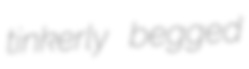
tinkerly begged